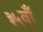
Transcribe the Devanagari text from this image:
३५वाँ